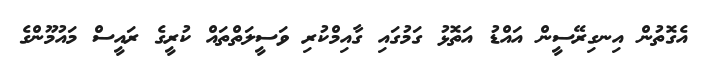
އެގޮތުން އިނގިރޭސީން އައްޑު އަތޮޅު ގަމުގައި ގާއިމްކުރި ވަސީލަތްތައް ކުރީގެ ރައީސް މައުމޫންގެ